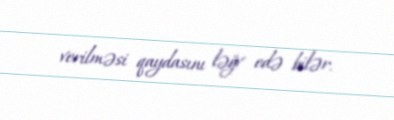
verilməsi qaydasını ləğv edə bilər.